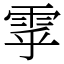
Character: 雽